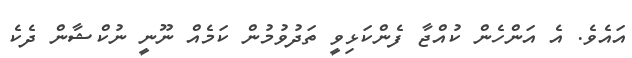
އައެވެ. އެ އަންހެން ކުއްޖާ ފެންކަޅިވީ ތަދުވުމުން ކަމެއް ނޫނީ ނުކްޝާން ދެކެ